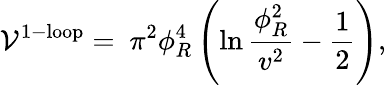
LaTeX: \mathcal{V}^{\mathrm{{1-loop}}}={}~\pi^{2}\phi_{R}^{4}\left(\ln{\frac{{\phi_{R}^{2}}}{{v^{2}}}}-{\frac{{1}}{{2}}}\right),